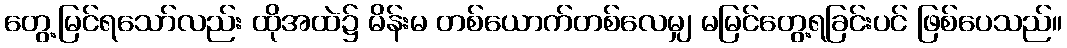
တွေ့မြင်ရသော်လည်း ထိုအထဲ၌ မိန်းမ တစ်ယောက်တစ်လေမျှ မမြင်တွေ့ရခြင်းပင် ဖြစ်ပေသည်။